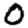
Digit: 0